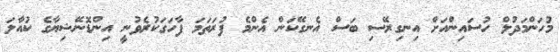
މުހަންމަދުލް ހުސައިންއަށް އިނގިރޭސި ބަސް އެނގޭކަން އެންމެ ފުރަތަމަ ފާހަގަކުރެވުނީ އިންޑޮނޭޝިޔާގެ ކުއާލަ